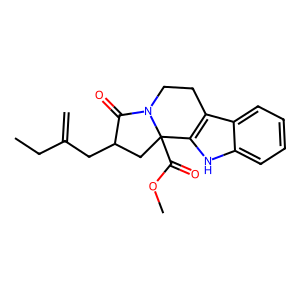
SMILES: C=C(CC)CC1CC2(C(=O)OC)c3[nH]c4ccccc4c3CCN2C1=O
Inhibits HIV replication: No